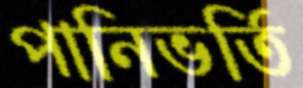
পানিভর্তি